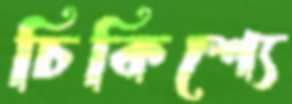
চিকিশ্যে